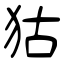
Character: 狜